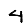
Digit: 4